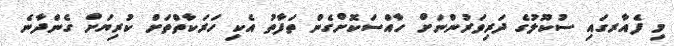
މި ފެއާރގައި ސުކޫލުގެ ދަރިވަރުންނަަށް ހާއްސަކޮށްގެން ތަފާތު އެކި ހަރަކާތްތަށް ކުރިޔަށް ގެންދާނެ